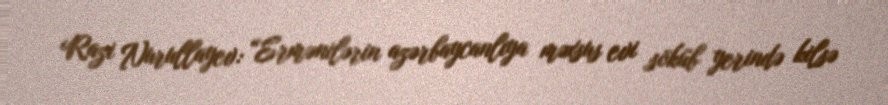
Razi Nurullayev: “Ermənilərin azərbaycanlıya məxsus evi söküb yerində kilsə